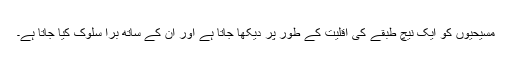
مسیحیوں کو ایک نیچ طبقے کی اقلیت کے طور پر دیکھا جاتا ہے اور اُن کے ساتھ بُرا سلوک کیا جاتا ہے۔